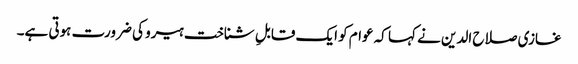
غازی صلاح الدین نے کہا کہ عوام کو ایک قابلِ شناخت ہیرو کی ضرورت ہوتی ہے۔